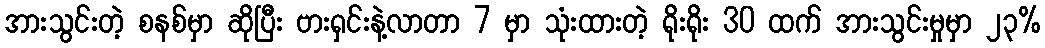
အားသွင်းတဲ့ စနစ်မှာ ဆိုပြီး ဗားရှင်းနဲ့လာတာ 7 မှာ သုံးထားတဲ့ ရိုးရိုး 30 ထက် အားသွင်းမှုမှာ ၂၃%